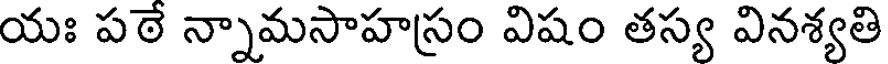
యః పఠే న్నామసాహస్రం విషం తస్య వినశ్యతి